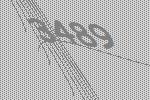
3489